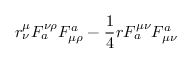
r _ { \nu } ^ { \mu } F _ { a } ^ { \nu \rho } F _ { \mu \rho } ^ { a } - { \frac { 1 } { 4 } } r F _ { a } ^ { \mu \nu } F _ { \mu \nu } ^ { a }